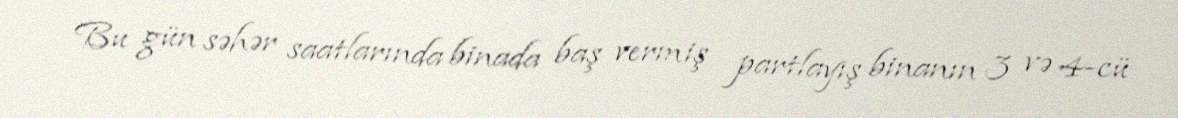
Bu gün səhər saatlarında binada baş vermiş partlayış binanın 3 və 4-cü